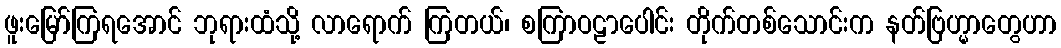
ဖူးမြော်ကြရအောင် ဘုရားထံသို့ လာရောက် ကြတယ်၊ စကြာဝဠာပေါင်း တိုက်တစ်သောင်းက နတ်ဗြဟ္မာတွေဟာ